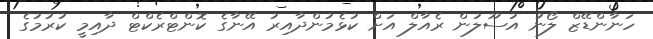
ހަނާންޑޭޒް ލޯނު އުސޫލުން ރެއާލް އަށް ކުޅެމުންދާއިރު އޭނާގެ ކޮންޓްރެކްޓް ދާއިމީ ކުރުމުގެ